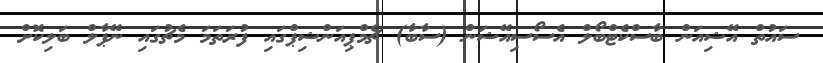
ސައުތް އޭޝިއަން ބާސްކެޓްބޯލް އެސޯސިއޭޝަން (ސާބާ) ޗެމްޕިއަންޝިޕްގައި ފުރަތަމަ މެޗުގައި ނޭޕާލް ބަލިކޮށް